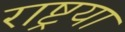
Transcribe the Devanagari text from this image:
राष्ट्रया